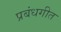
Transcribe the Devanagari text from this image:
प्रबंधगीत